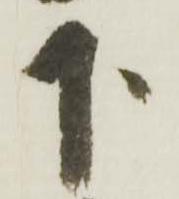
下